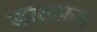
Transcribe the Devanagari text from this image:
डालफ़स